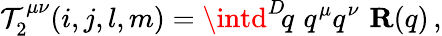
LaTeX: \mathcal{T}_{2}^{\mu\nu}(i,j,l,m)=\intd^{D}\! q\, \, q^{\mu}q^{\nu}\, \, {\mathbf{R}}(q)\, ,